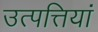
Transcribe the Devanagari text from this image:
उत्पत्तियां